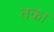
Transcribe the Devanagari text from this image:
तका